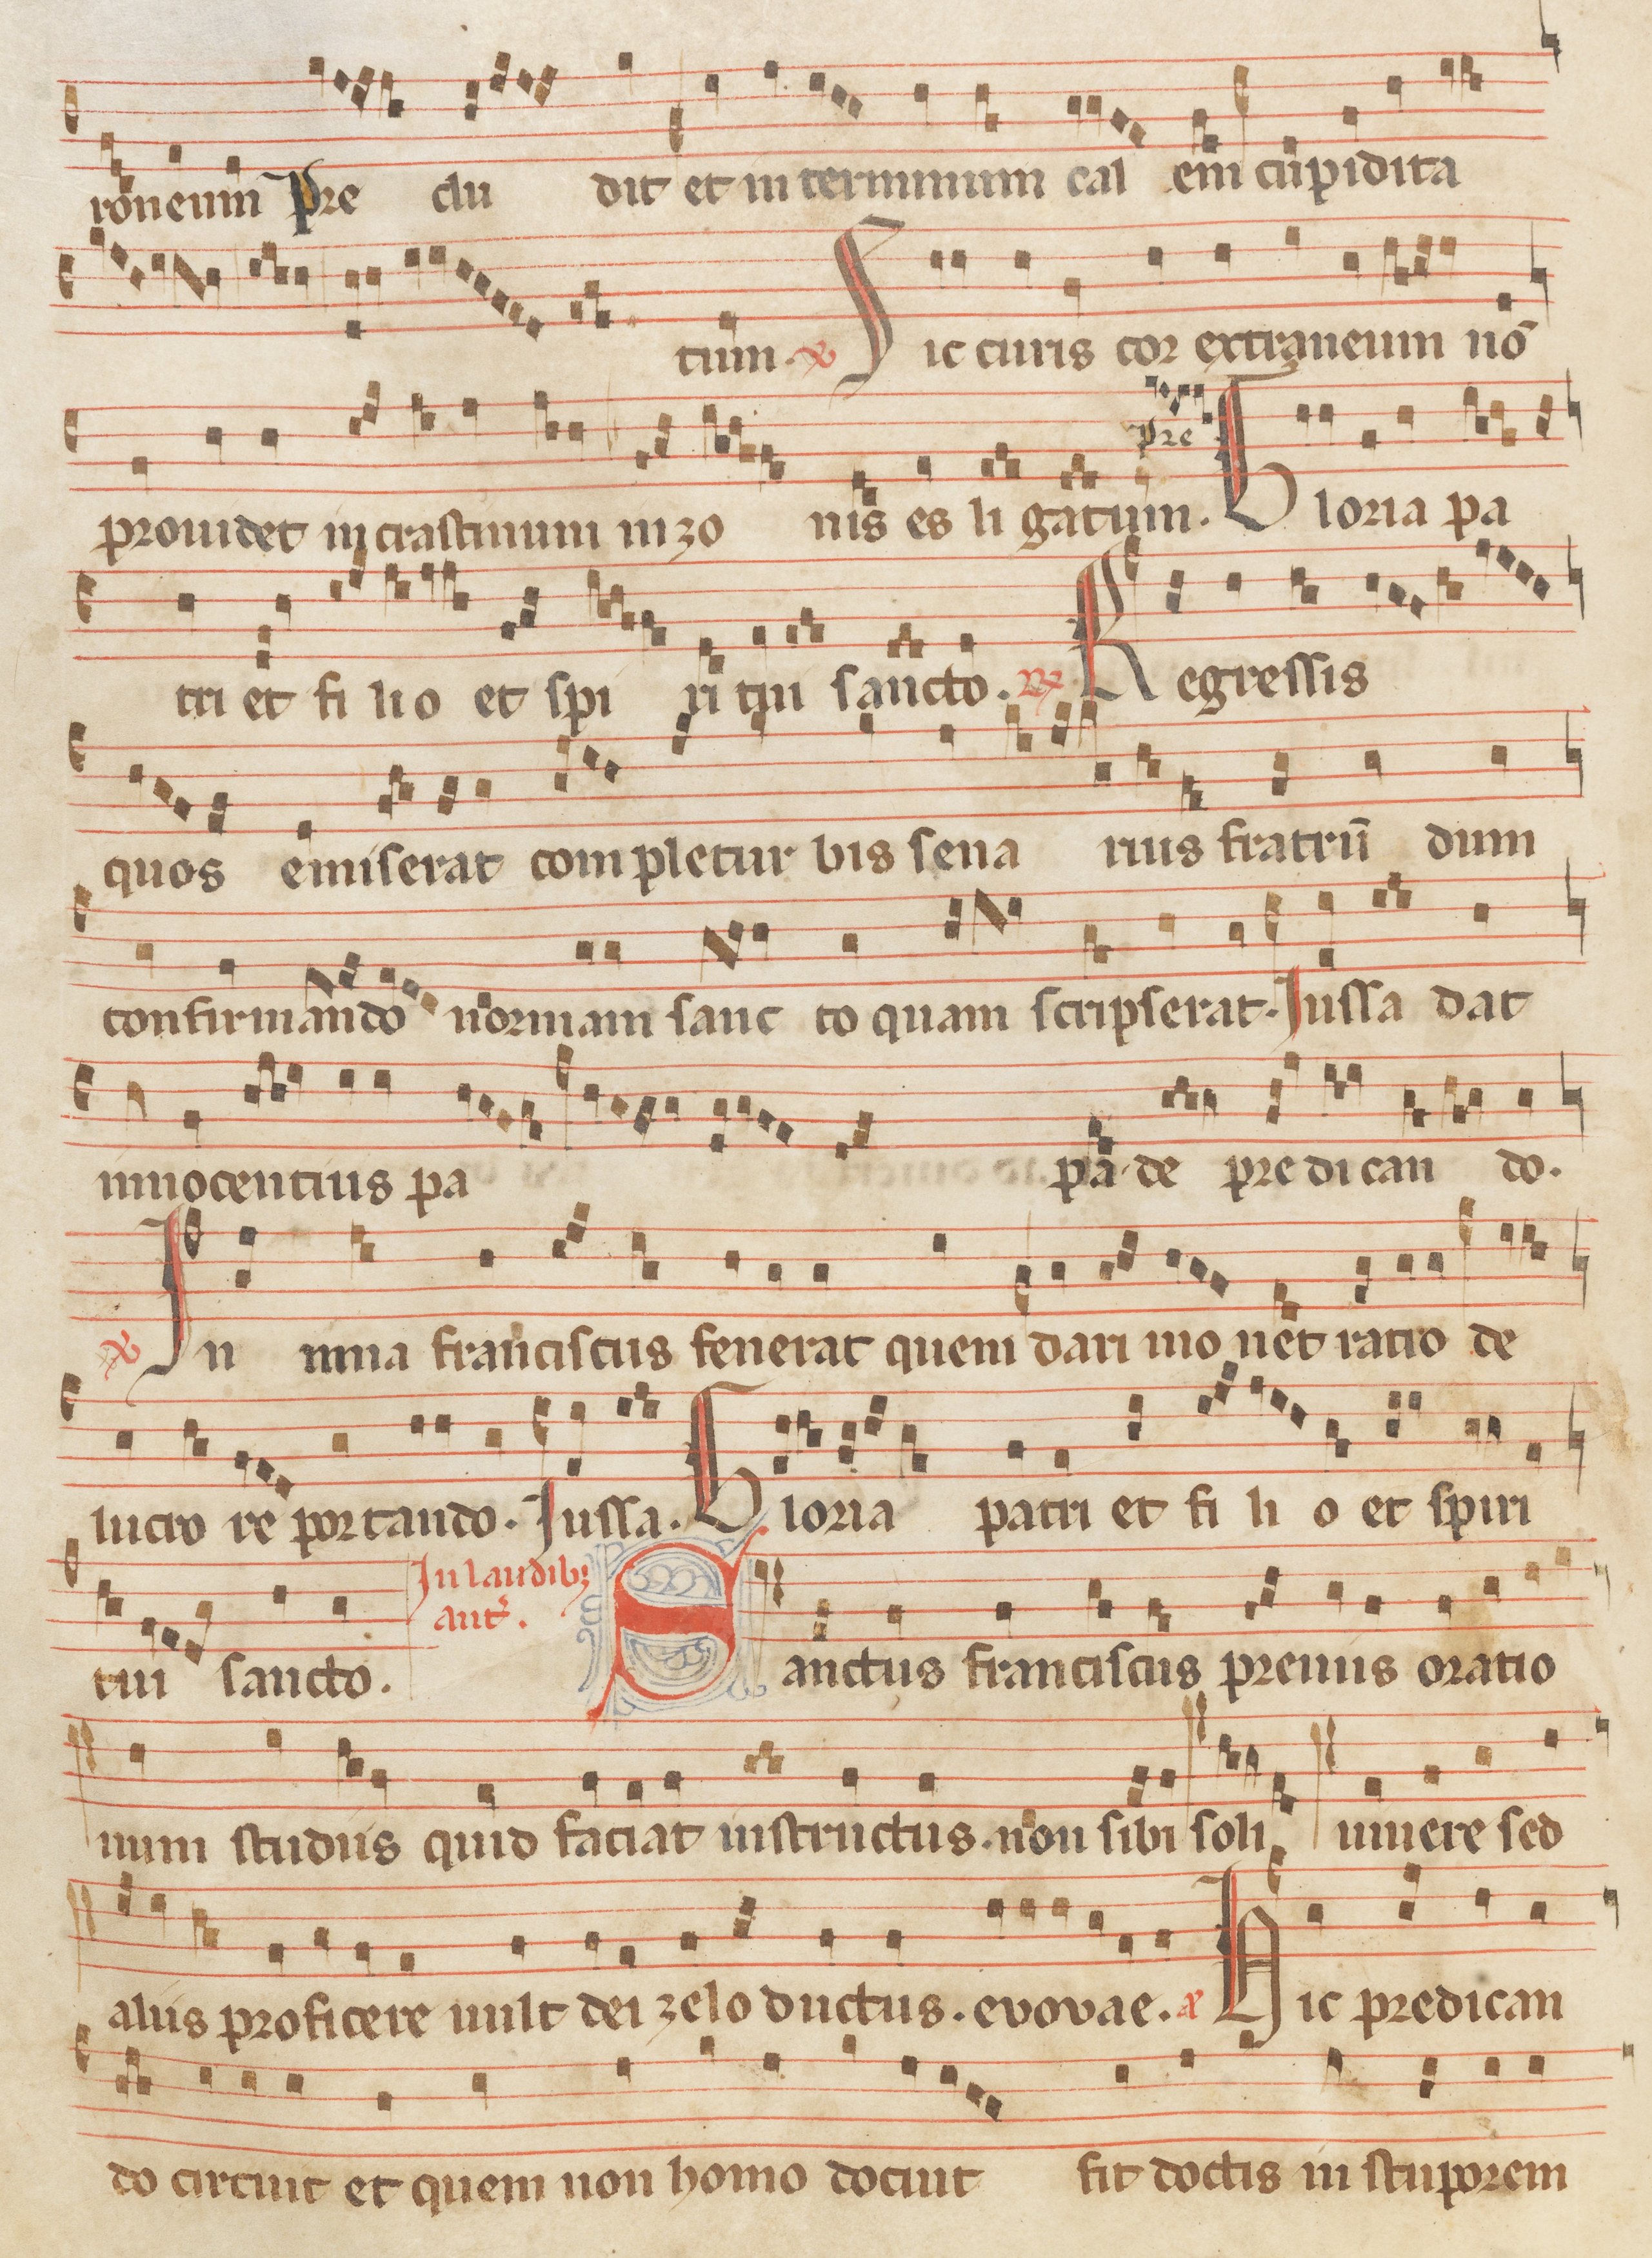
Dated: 1260–1315